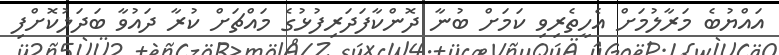
އައްޔުބެ މަރާލުމަށް އެހީތެރިވި ކަމަށް ބުނާ ދޮންކާފަދަރިފުޅުގެ މައްޗަށް ކުރާ ދައުވާ ބަދަލުކޮށްފި